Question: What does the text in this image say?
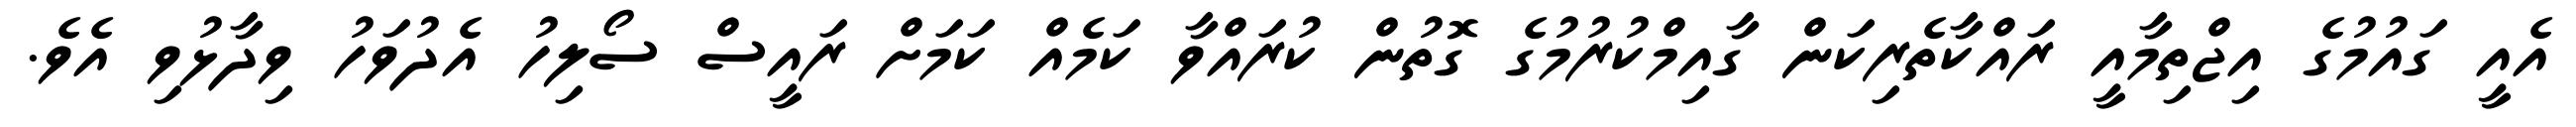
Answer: އެއީ ގައުމުގެ އިޖްތިމާއީ ރައްކާތެރިކަން ގާއިމްކުރުމުގެ ގޮތުން ކުރައްވާ ކަމެއް ކަމަށް ރައީސް ސޯލިހު އެދުވަހު ވިދާޅުވި އެވެ.